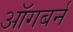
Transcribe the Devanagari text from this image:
ऑगबर्न